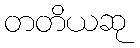
တတိယဆု